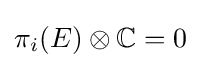
\pi _{i}(E)\otimes \mathbb {C} =0